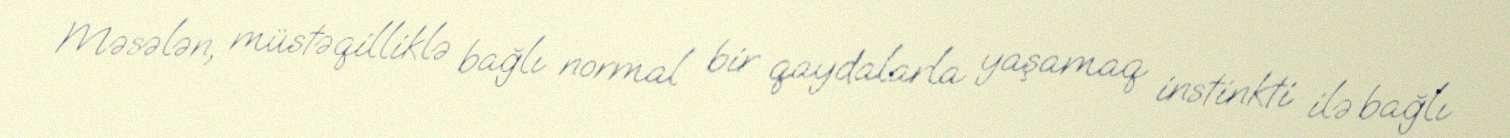
Məsələn, müstəqilliklə bağlı normal bir qaydalarla yaşamaq instinkti ilə bağlı